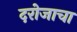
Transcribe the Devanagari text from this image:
दरोजाचा